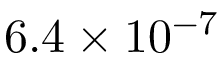
6 . 4 \times 1 0 ^ { - 7 }